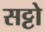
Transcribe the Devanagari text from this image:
सट्टो